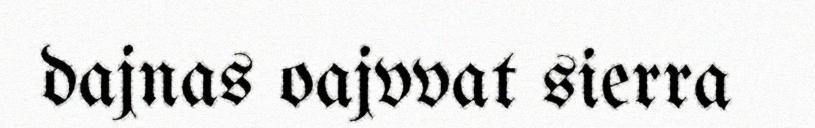
dajnas oajvvat sierra